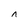
Character: n